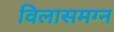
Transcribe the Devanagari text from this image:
विलासमग्न